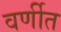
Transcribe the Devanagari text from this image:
वर्णीत